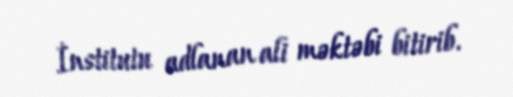
İnstitutu adlanan ali məktəbi bitirib.